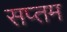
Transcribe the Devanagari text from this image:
सप्‍तम